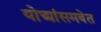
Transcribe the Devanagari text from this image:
योद्ध्यांसमवेत